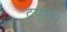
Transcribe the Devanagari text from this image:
टयूशन